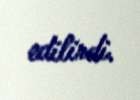
edilirdi.